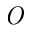
\it { O }